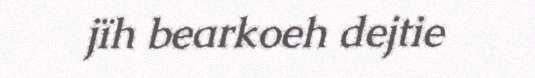
jïh bearkoeh dejtie